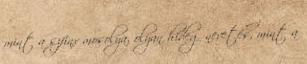
mint a szfinx mosolya, olyan hideg nevetés, mint a